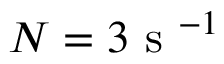
N = 3 \mathrm { ~ s ~ } ^ { - 1 }